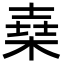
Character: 𣕫